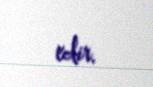
edir.